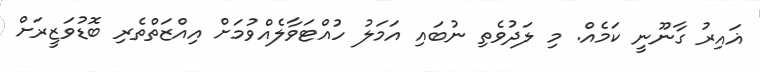
ޣައިރު ގާނޫނީ ކަމެއް. މި ލަދުވެތި ނުބައި އަމަލު ހުއްޓަވާލެއްވުމަށް އިއްޒަތްތެރި ބޮޑުވަޒީރަށް